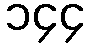
၁၄၄